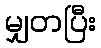
မျှတပြီး